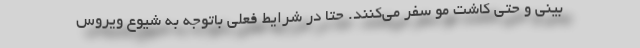
بینی و حتی کاشت مو سفر می‌کنند. حتا در شرایط فعلی باتوجه به شیوع ویروس